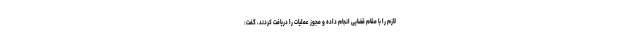
لازم را با مقام قضایی انجام داده و مجوز عملیات را دریافت کردند، گفت: